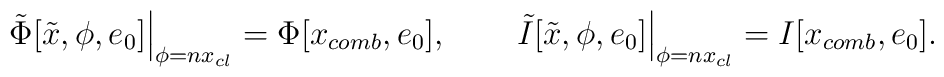
\left.\tilde{\Phi}[\tilde{x},\phi,e_{0}]\right|_{\phi=nx_{cl}}=\Phi[x_{comb},e_{0}],\qquad\left.\tilde{I}[\tilde{x},\phi,e_{0}]\right|_{\phi=nx_{cl}}=I[x_{comb},e_{0}].